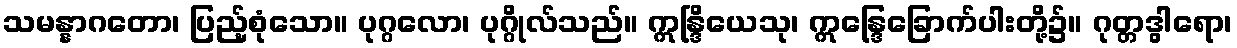
သမန္နာဂတော၊ ပြည့်စုံသော။ ပုဂ္ဂလော၊ ပုဂ္ဂိုလ်သည်။ ဣန္ဒြိယေသု၊ ဣန္ဒြေခြောက်ပါးတို့၌။ ဂုတ္တဒွါရော၊